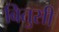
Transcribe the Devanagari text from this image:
बितुसी